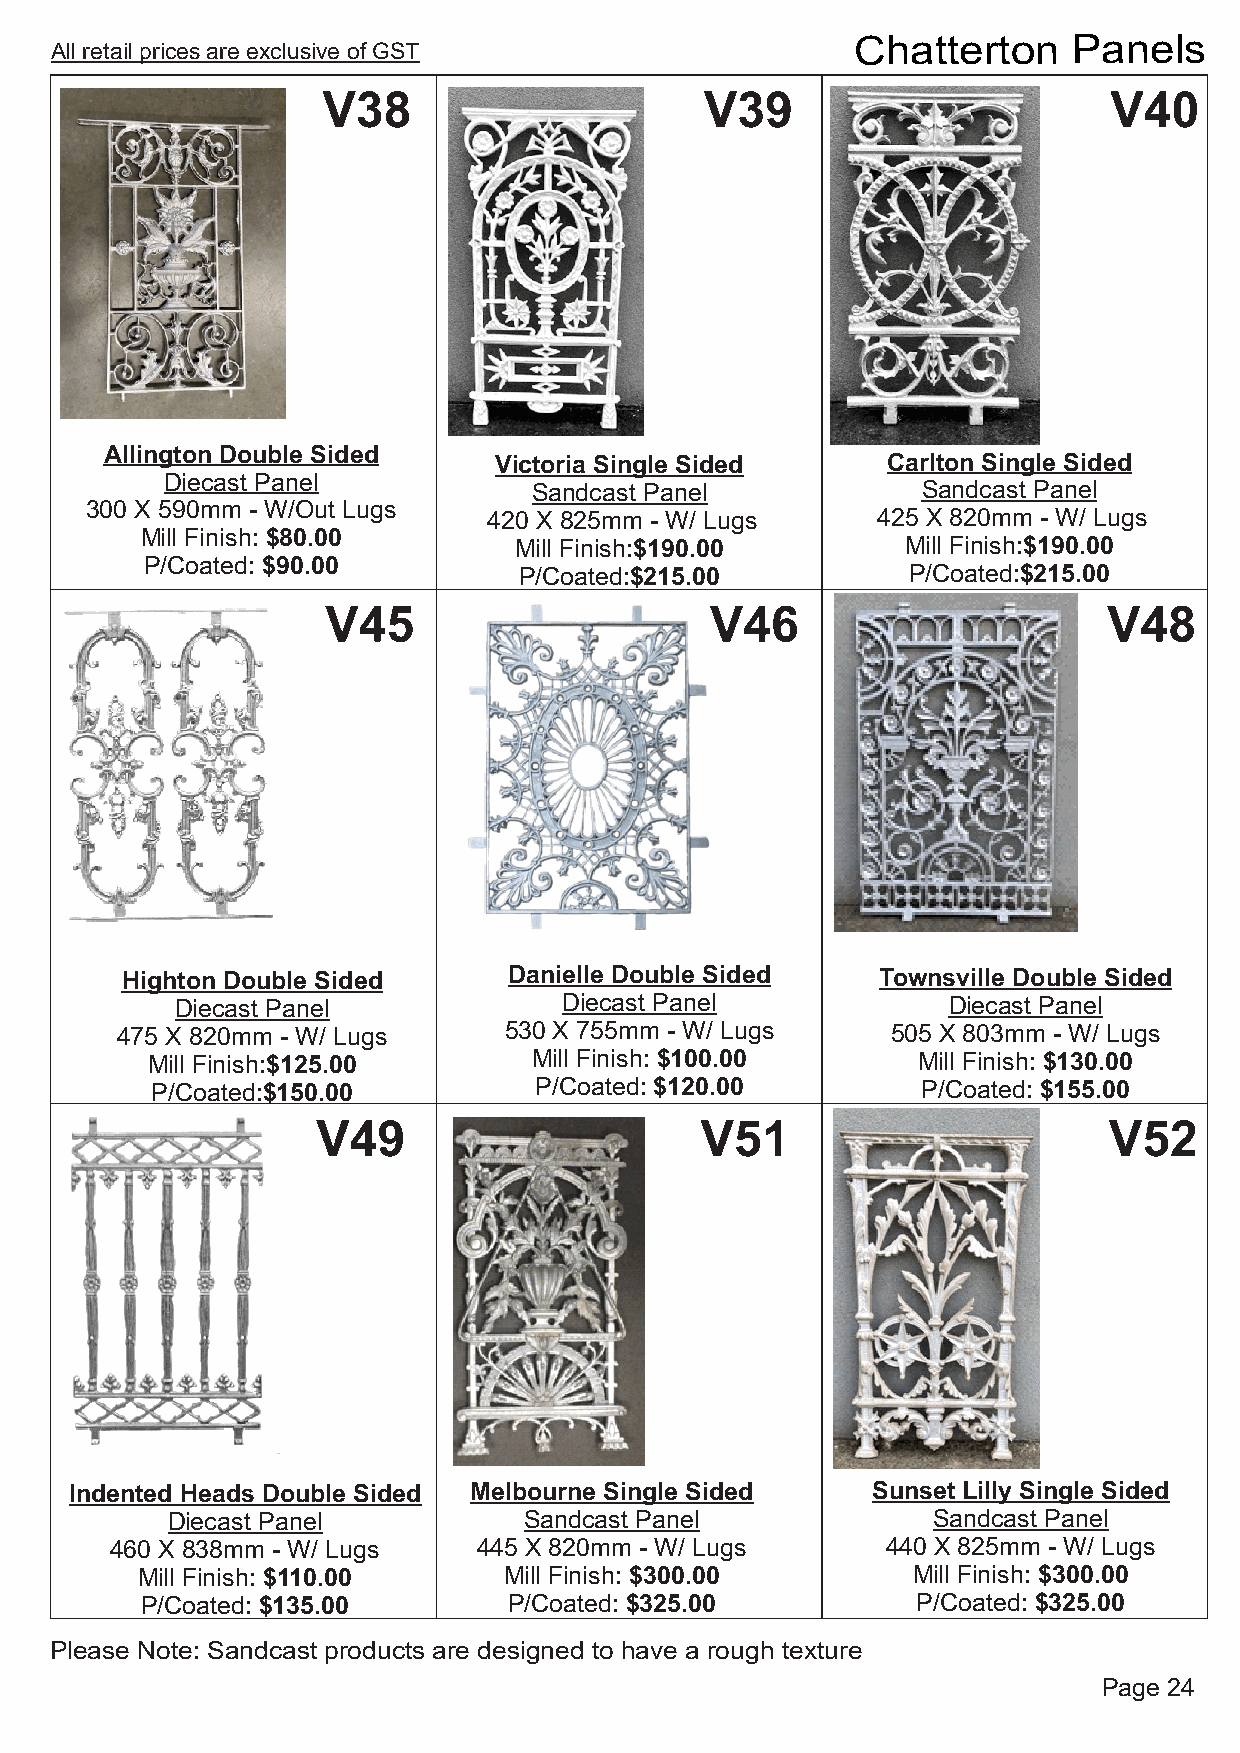
Chatterton    Panels
 All retail prices are exclusive of GST
 V38                       V39                       V40
 Allington Double Sided
 Victoria Single Sided     Carlton Single Sided
 Diecast Panel
 Sandcast Panel            Sandcast Panel
 300 X 590mm - W/Out Lugs
 420 X 825mm - W/ Lugs     425 X 820mm - W/ Lugs
 Mill Finish: $80.00
 Mill Finish:$190.00       Mill Finish:$190.00
 P/Coated: $90.00
 P/Coated:$215.00          P/Coated:$215.00
 V45                      V46                       V48
 Highton Double Sided      Danielle Double Sided   Townsville Double Sided
 Diecast Panel            Diecast Panel             Diecast Panel
 475 X 820mm - W/ Lugs    530 X 755mm - W/ Lugs     505 X 803mm - W/ Lugs
 Mill Finish:$125.00      Mill Finish: $100.00      Mill Finish: $130.00
 P/Coated:$150.00         P/Coated: $120.00         P/Coated: $155.00
 V49                      V51                        V52
 Indented Heads Double Sided Melbourne Single Sided   Sunset Lilly Single Sided
 Diecast Panel           Sandcast Panel             Sandcast Panel
 460 X 838mm - W/ Lugs    445 X 820mm - W/ Lugs      440 X 825mm - W/ Lugs
 Mill Finish: $110.00    Mill Finish: $300.00       Mill Finish: $300.00
 P/Coated: $135.00        P/Coated: $325.00          P/Coated: $325.00
 Please Note: Sandcast products are designed to have a rough texture
 Page 24